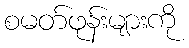
စမတ်ဖုန်းများကို